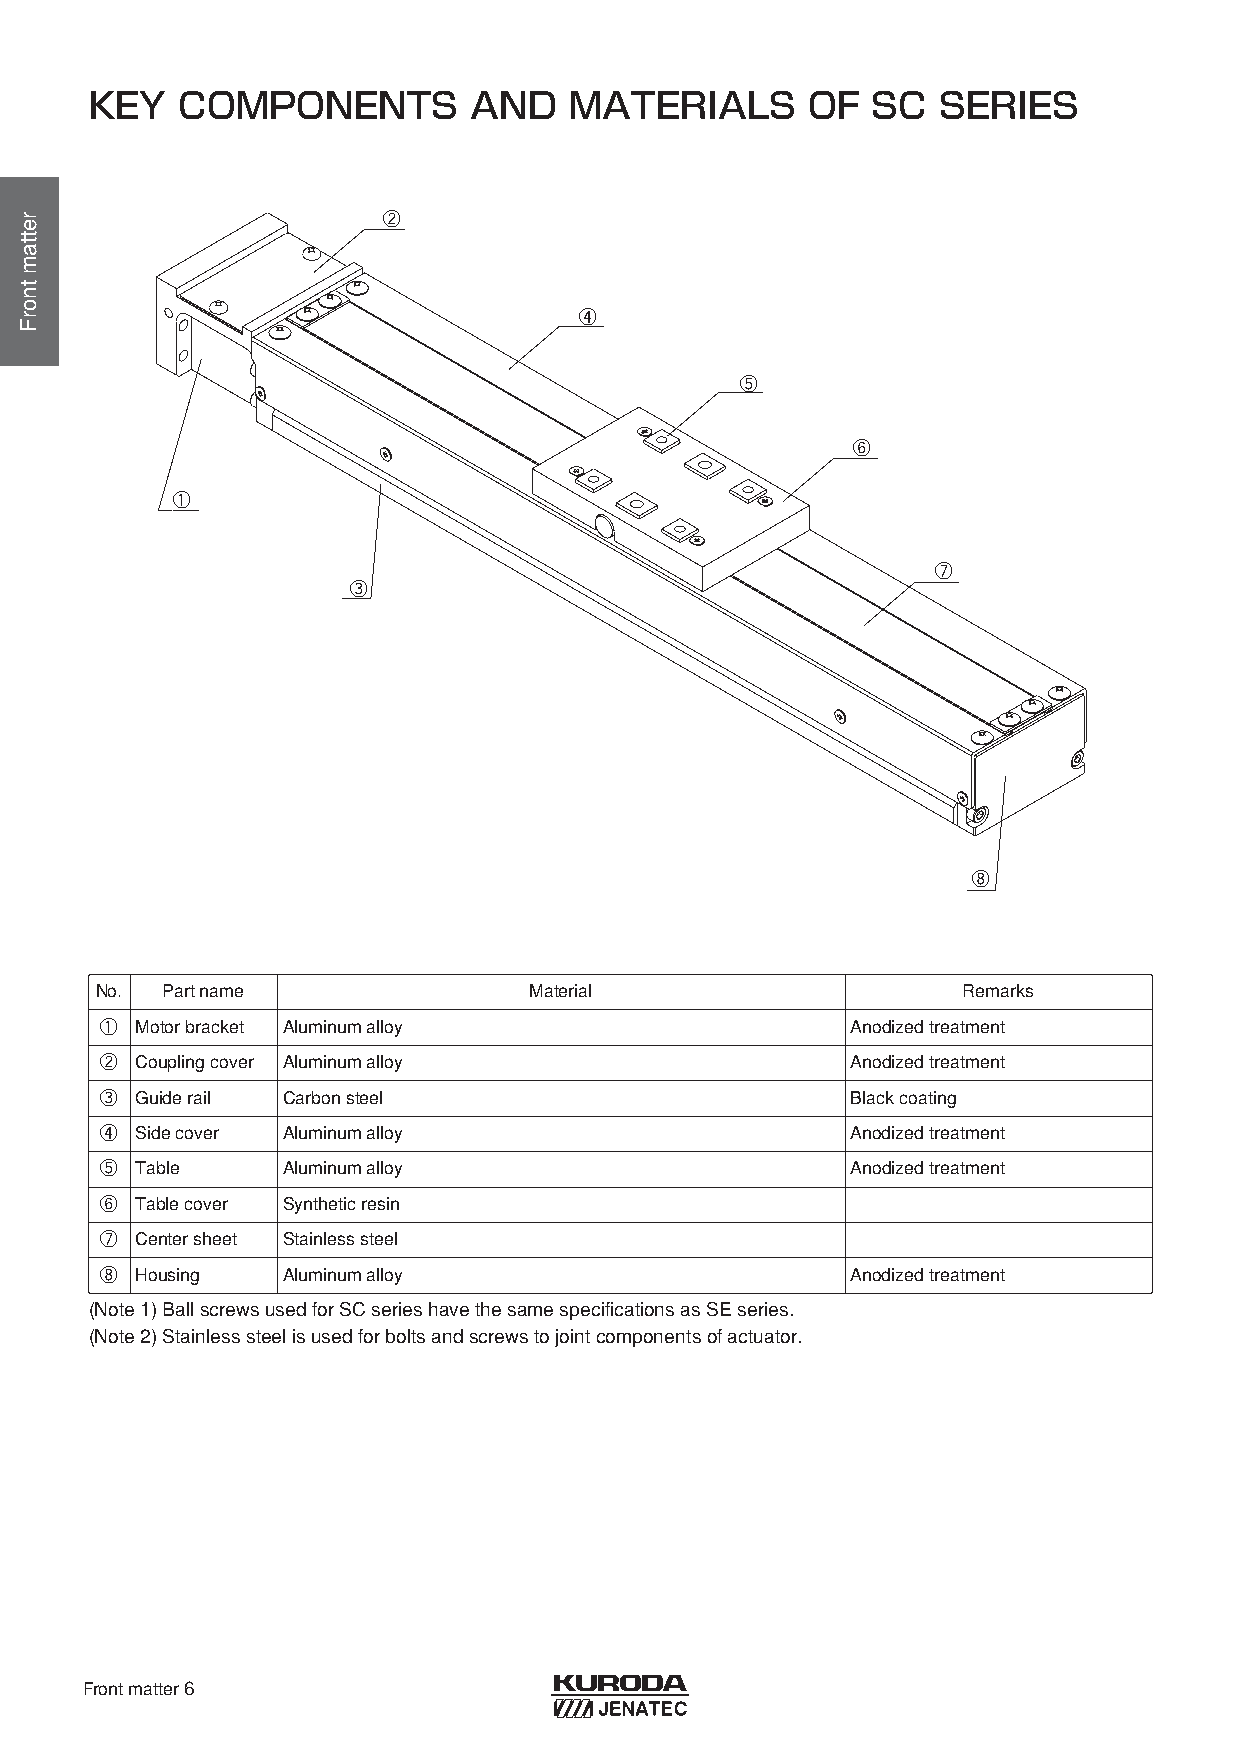
KEY   COMPONENTS         AND    MATERIALS      OF   SC  SERIES
 ②
 ④
 ⑤
 ⑥
 ①
 ⑦
 ③
 ⑧
 No.  Partname                Material                     Remarks
 ① Motorbracket Aluminumalloy                     Anodizedtreatment
 ② Couplingcover Aluminumalloy                    Anodizedtreatment
 ③ Guiderail Carbonsteel                          Blackcoating
 ④ Sidecover Aluminumalloy                        Anodizedtreatment
 ⑤ Table     Aluminumalloy                        Anodizedtreatment
 ⑥ Tablecover Syntheticresin
 ⑦ Centersheet Stainlesssteel
 ⑧ Housing   Aluminumalloy                        Anodizedtreatment
 (Note1) BallscrewsusedforSCserieshavethesamespecificationsasSEseries.
 (Note2) Stainlesssteelisusedforboltsandscrewstojointcomponentsofactuator.
 Frontmatter6
 rettamtnorF